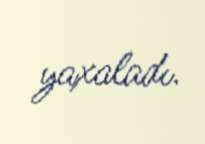
yaxaladı.